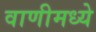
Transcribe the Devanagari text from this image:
वाणीमध्ये